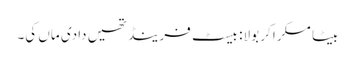
بیٹا مسکرا کر بولا: بیسٹ فرینڈ تھیں دادی ماں کی۔